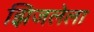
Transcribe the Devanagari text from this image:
झिजलेला